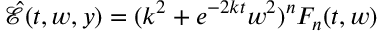
\begin{array} { r } { \hat { \mathcal E } ( t , w , y ) = ( k ^ { 2 } + e ^ { - 2 k t } w ^ { 2 } ) ^ { n } F _ { n } ( t , w ) } \end{array}